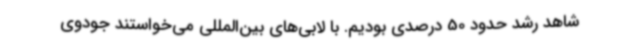
شاهد رشد حدود 50 درصدی بودیم. با لابی‌های بین‌المللی می‌خواستند جودوی